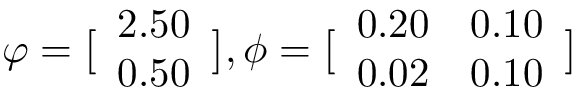
\displaystyle \boldsymbol { \varphi } = \bigl [ \begin{array} { l } { 2 . 5 0 } \\ { 0 . 5 0 } \end{array} \bigr ] , \boldsymbol { \phi } = \bigl [ \begin{array} { l l } { 0 . 2 0 } & { 0 . 1 0 } \\ { 0 . 0 2 } & { 0 . 1 0 } \end{array} \bigr ]